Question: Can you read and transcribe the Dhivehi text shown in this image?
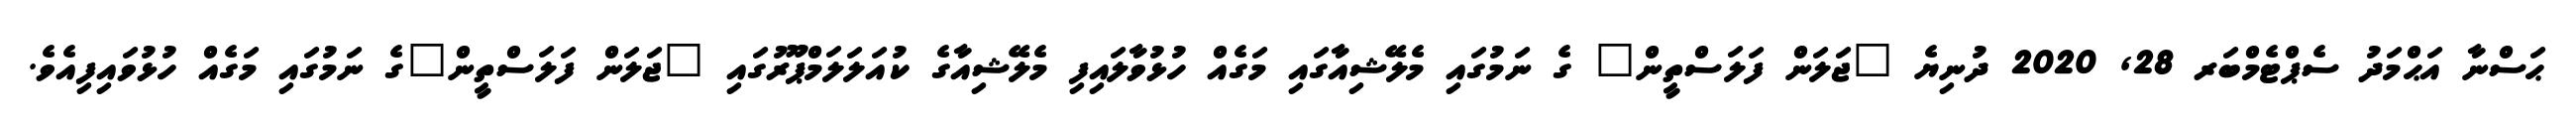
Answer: ޙަސްނާ އަޙްމަދު ސެޕްޓެމްބަރ 28, 2020 ދުނިޔެ "ޖަލަން ފަލަސްތީން" ގެ ނަމުގައި މެލޭޝިއާގައި މަގެއް ހުޅުވާލައިފި މެލޭޝިއާގެ ކުއަލަލަމްޕޫރުގައި "ޖަލަން ފަލަސްތީން"ގެ ނަމުގައި މަގެއް ހުޅުވައިފިއެވެ.